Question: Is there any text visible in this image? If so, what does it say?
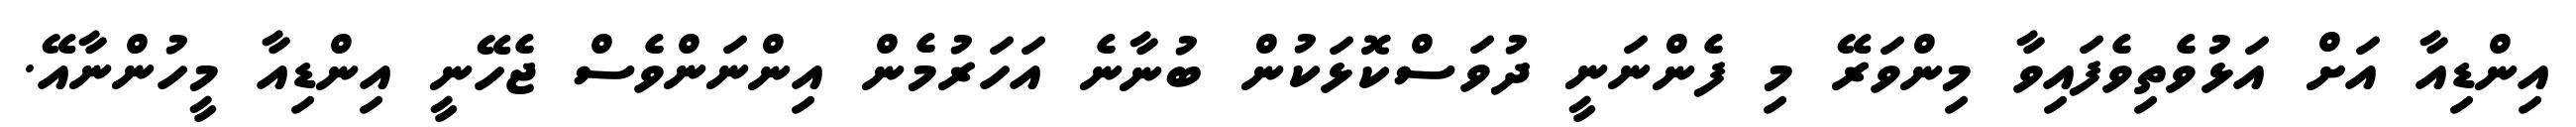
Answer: އިންޑިއާ އަށް އަޅުވެތިވެފައިވާ މިންވަރޭ މި ފެންނަނީ ދުވަސްކޮޅަކުން ބުނާނެ އަހަރުމެން އިންނަންވެސް ޖެހޭނީ އިންޑިއާ މީހުންނާއޭ.